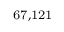
^ \mathrm { 6 7 , 1 2 1 }